Annual returns of the Patna Lunatic Asylum at Bankipore in Bihar and Orissa - 1912-1924
Year: 1912
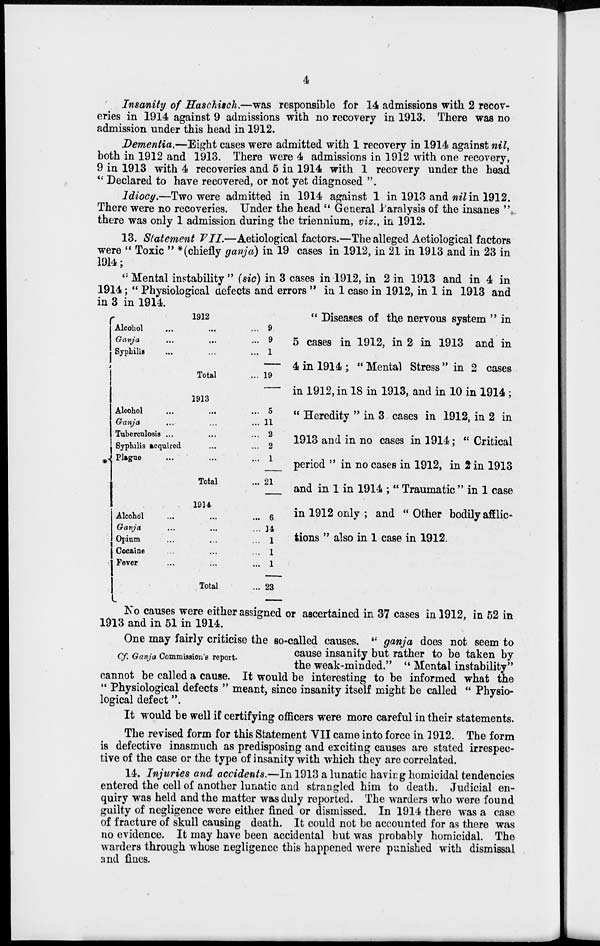
4
*
1912
Alcohol ... ... ...
Ganja ... ... ...
Syphilis ... ... ...
Total ...
1913
Alcohol ... ... ...
Ganja ... ... ...
Tuberculosis ... ... ...
Syphilis acquired ... ...
Plague ... ... ...
Total ...
1914
Alcohol ... ... ...
Ganja ... ... ...
Opium ... ... ...
Cocaine ... ... ...
Fever ... ... ...
Total ...
1
9
9
1
19
5
11
2
2
1
21
6
14
1
1
1
23
Insanity of Haschisch.—was responsible for 14 admissions with 2 recov-
eries in 1914 against 9 admissions with no recovery in 1913. There was no
admission under this head in 1912.
Dementia.—Eight cases were admitted with 1 recovery in 1914 against nil,
both in 1912 and 1913. There were 4 admissions in 1912 with one recovery,
9 in 1913 with 4 recoveries and 5 in 1914 with 1 recovery under the head
" Declared to have recovered, or not yet diagnosed ".
Idiocy.—Two were admitted in 1914 against 1 in 1913 and nil in 1912.
There were no recoveries. Under the head " General Paralysis of the insanes "
there was only 1 admission during the triennium, viz., in 1912.
13. Statement VII.—Aetiological factors.—The alleged Aetiological factors
were " Toxic " *(chiefly ganja) in 19 cases in 1912, in 21 in 1913 and in 23 in
1914;
'' Mental instability " (sic) in 3 cases in 1912, in 2 in 1913 and in 4 in
1914 ; " Physiological defects and errors " in 1 case in 1912, in 1 in 1913 and
in 3 in 1914.
" Diseases of the nervous system " in
5 cases in 1912, in 2 in 1913 and in
4 in 1914; "Mental Stress" in 2 cases
in 1912, in 18 in 1913, and in 10 in 1914 ;
" Heredity " in 3 cases in 1912, in 2 in
1913 and in no cases in 1914; " Critical
period " in no cases in 1912, in 2 in 1913
and in 1 in 1914 ; " Traumatic " in 1 case
in 1912 only; and "Other bodily afflic-
tions " also in 1 case in 1912.
No causes were either assigned or ascertained in 37 cases in 1912, in 62 in
1913 and in 51 in 1914.
Cf. Ganja Commission's report.
One may fairly criticise the so-called causes. '' ganja does not seem to
cause insanity but rather to be taken by
the weak-minded." " Mental instability"
cannot be called a cause. It would be interesting to be informed what the
" Physiological defects " meant, since insanity itself might be called " Physio-
logical defect ".
It would be well if certifying officers were more careful in their statements.
The revised form for this Statement VII came into force in 1912. The form
is defective inasmuch as predisposing and exciting causes are stated irrespec-
tive of the case or the type of insanity with which they are correlated.
14. Injuries and accidents.—In 1913 a lunatic having homicidal tendencies
entered the cell of another lunatic and strangled him to death. Judicial en-
quiry was held and the matter was duly reported. The warders who were found
guilty of negligence were either fined or dismissed. In 1914 there was a case
of fracture of skull causing death. It could not be accounted for as there was
no evidence. It may have been accidental but was probably homicidal. The
warders through whose negligence this happened were punished with dismissal
and fines.